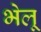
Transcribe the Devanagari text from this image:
भेलू